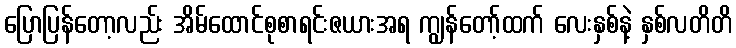
ပြောပြန်တော့လည်း အိမ်ထောင်စုစာရင်းဇယားအရ ကျွန်တော့်ထက် လေးနှစ်နဲ့ နှစ်လတိတိ